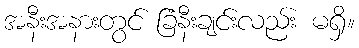
အနီးအနားတွင် ခြံနီးချင်းလည်း မရှိ။